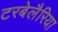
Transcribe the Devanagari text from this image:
टरबेलैरिया